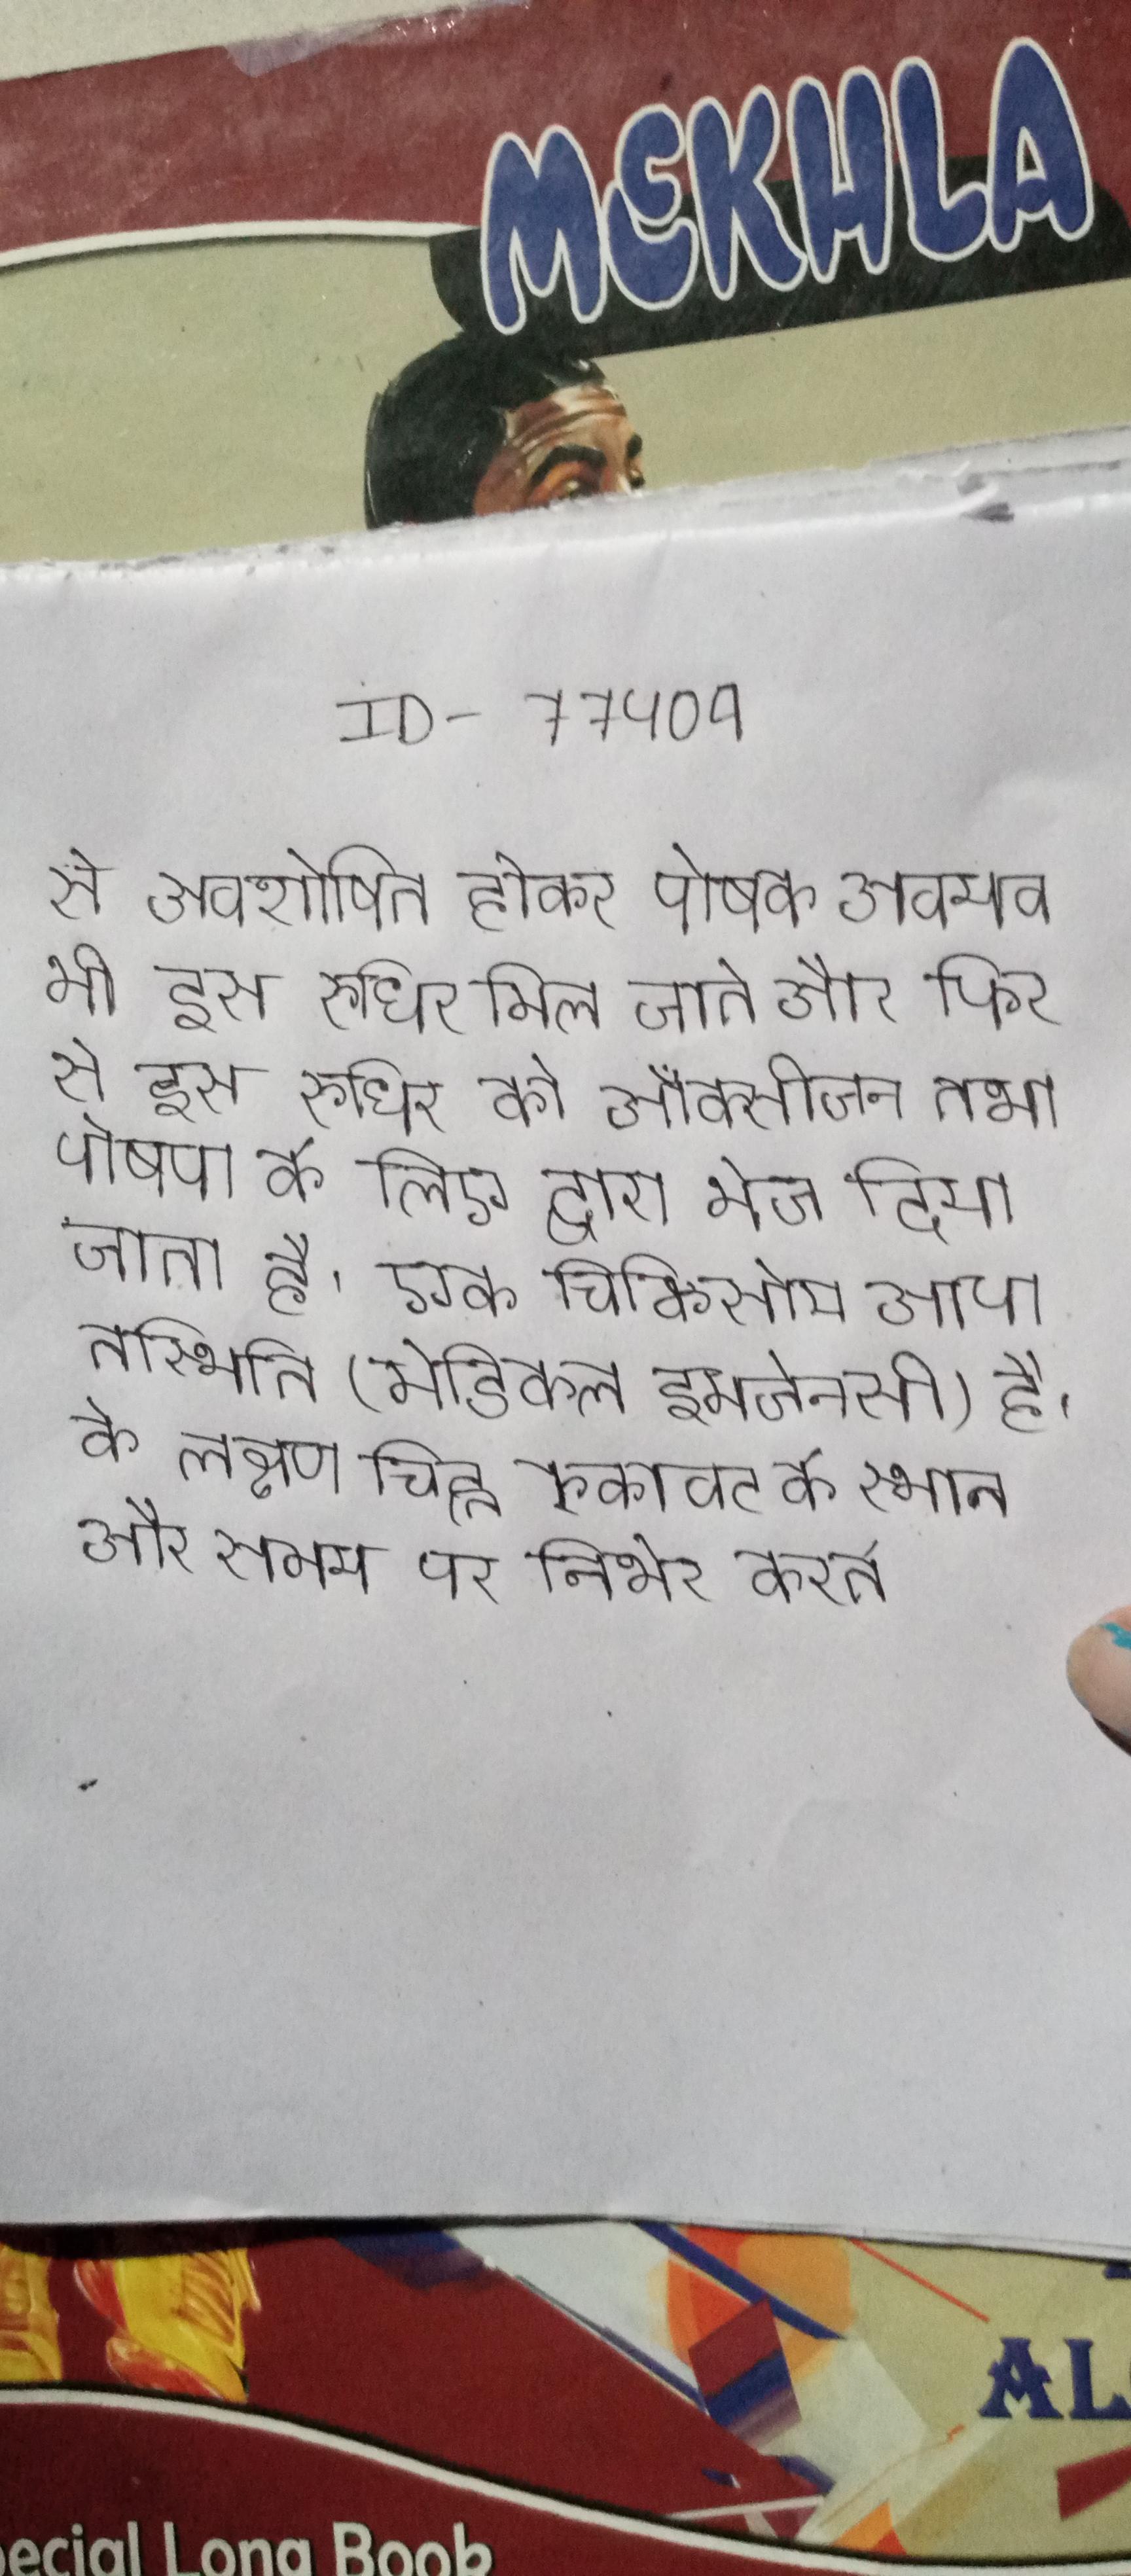
से अवशोषित होकर पोषक अवयव भी इस रुधिर मिल जाते और फिर से इस रुधिर को ऑक्सीजन तथा पोषण के लिए द्वारा भेज दिया जाता है । एक चिकिसीय आपातस्थिति (मेडिकल इमर्जेन्सी) है । के लक्षण चिह्न रुकावट के स्थान और समय पर निर्भर करते ।